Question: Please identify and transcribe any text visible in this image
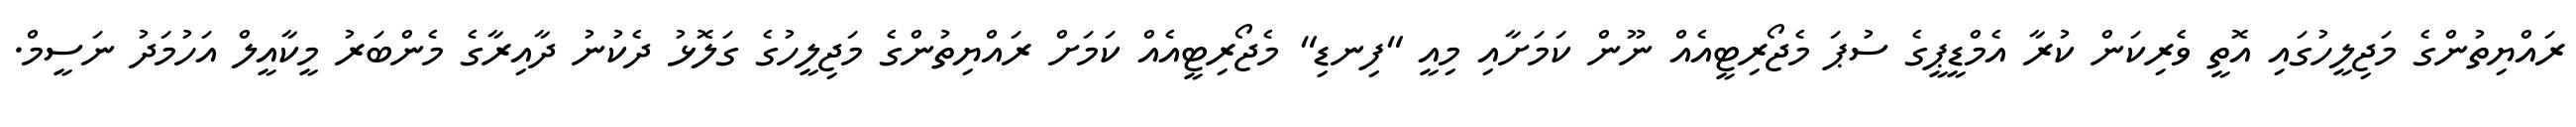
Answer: ރައްޔިތުންގެ މަޖިލީހުގައި އޮތީ ވެރިކަން ކުރާ އެމްޑީޕީގެ ސުޕަ މެޖޯރިޓީއެއް ނޫން ކަމަށާއި މިއީ "ފިނޑި" މެޖޯރިޓީއެއް ކަމަށް ރައްޔިތުންގެ މަޖިލީހުގެ ގަލޮޅު ދެކުނު ދާއިރާގެ މެންބަރު މީކާއީލް އަހުމަދު ނަސީމް.